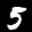
Label: 5